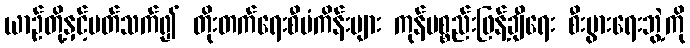
ယာဉ်တို့နှင့်ပတ်သက်၍ တိုးတက်ရေးစီမံကိန်းများ ကုန်ပစ္စည်းဖြန့်ချီရေး စီးပွားရေးဘွဲ့ကို